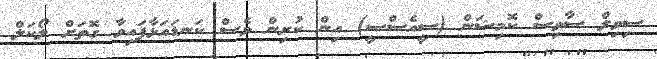
ސިވިލް ސާވިސް ކޮމިޝަން (ސީއެސްސީ) އިން ކުރިން ވެސް ކަނޑައަޅާފައިވާ ގޮތަށް ލޯކަލް